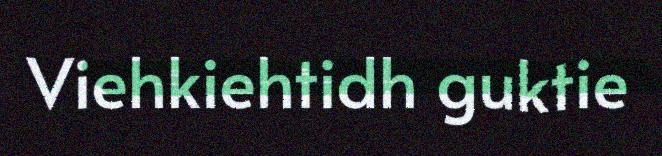
Viehkiehtidh guktie